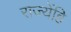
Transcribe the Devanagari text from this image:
राज्येंहि